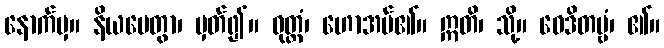
နောက်မှ။ နိယမေတွာ၊ မှတ်၍။ ဝုတ္တံ၊ ဟောအပ်၏။ ဣတိ၊ သို့။ ဝေဒိတဗ္ဗံ၊ ၏။